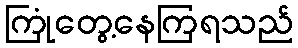
ကြုံတွေ့နေကြရသည်